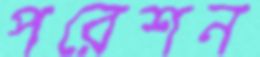
পরেশন